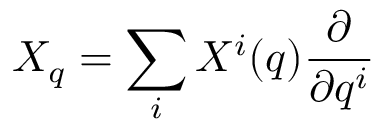
X _ { q } = \sum _ { i } X ^ { i } ( q ) { \frac { \partial } { \partial q ^ { i } } }